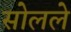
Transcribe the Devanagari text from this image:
सोलले